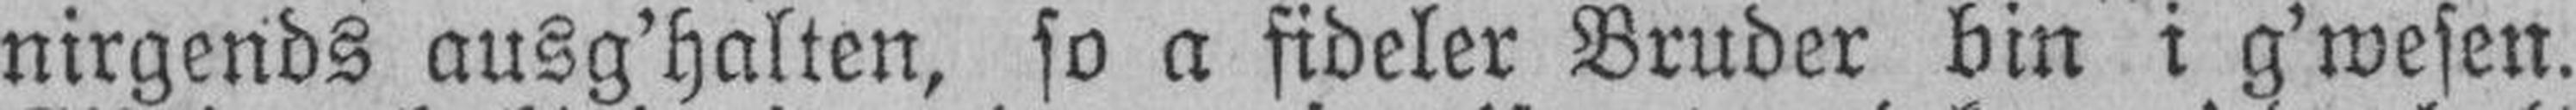
nirgends ausg’halten, so a fideler Bruder bin i g’wesen.